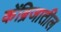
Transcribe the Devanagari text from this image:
केंब्रिजातील